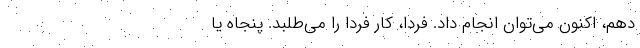
دهم، اکنون می‌توان انجام داد. فردا، کار فردا را می‌طلبد. پنجاه یا